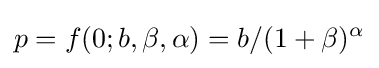
p=f(0;b,\beta ,\alpha )=b/(1+\beta )^{\alpha }